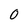
Character: O